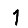
Digit: 1